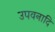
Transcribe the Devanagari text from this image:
उपवनादि